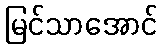
မြင်သာအောင်